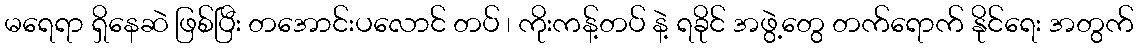
မရေရာ ရှိနေဆဲ ဖြစ်ပြီး တအောင်းပလောင် တပ် ၊ ကိုးကန့်တပ် နဲ့ ရခိုင် အဖွဲ့တွေ တက်ရောက် နိုင်ရေး အတွက်